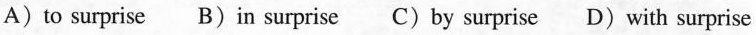
A) to surprise B) in surprise C) by surprise D) with surprise